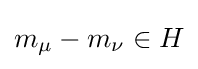
m_{\mu }-m_{\nu }\in H